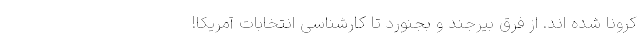
کرونا شده اند. از فرق بیرجند و بجنورد تا کارشناسی انتخابات آمریکا!